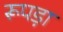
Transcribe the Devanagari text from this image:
रूपड़ा